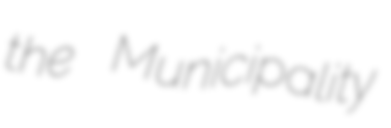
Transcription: the Municipality